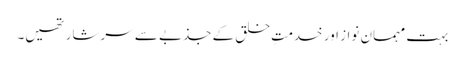
بہت مہمان نواز اور خدمتِ خلق کے جذبے سے سرشار تھیں۔